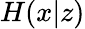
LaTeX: H(x|z)